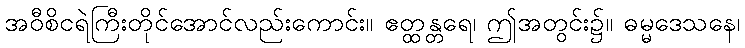
အဝီစိငရဲကြီးတိုင်အောင်လည်းကောင်း။ ဧတ္ထန္တရေ၊ ဤအတွင်း၌။ ဓမ္မဒေသနေ၊